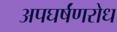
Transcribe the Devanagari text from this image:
अपघर्षंणरोध